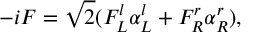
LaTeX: - i F = \sqrt { 2 } ( F _ { L } ^ { l } \alpha _ { L } ^ { l } + F _ { R } ^ { r } \alpha _ { R } ^ { r } ) ,